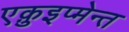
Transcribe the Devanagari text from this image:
एक़ुइप्मेन्त